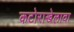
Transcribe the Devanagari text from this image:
कटोराखेलावा